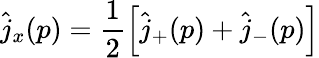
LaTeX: \hat{j}_{x}(p)=\frac{1}{2}\left[\hat{j}_{+}(p)+\hat{j}_{-}(p)\right]